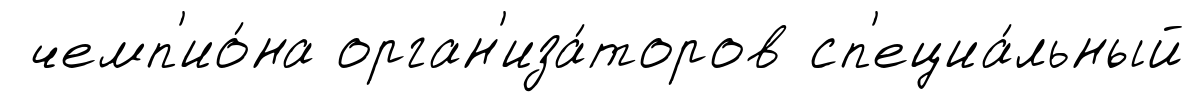
чемп'ио́на орган'иза́торов сп'ециа́льный